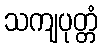
သကျပုတ္တံ